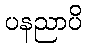
ပနညာပိ